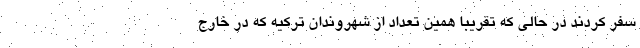
سفر کردند در حالی که تقریبا همین تعداد از شهروندان ترکیه که در خارج